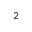
^ { 2 }